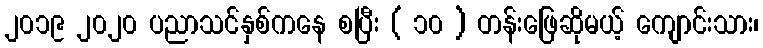
၂၀၁၉ ၂၀၂၀ ပညာသင်နှစ်ကနေ စပြီး ( ၁၀ ) တန်းဖြေဆိုမယ့် ကျောင်းသား၊